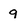
Character: q